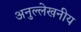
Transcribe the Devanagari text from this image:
अनुल्लेखनीय